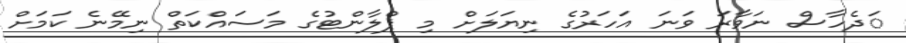
ަދެހާސް ނަވާރަ ވަނަ އަހަރުގެ ނިޔަލަށް މި ޕްލާންޓުގެ މަސައްކަތް ނިމޭނެ ކަމަށް